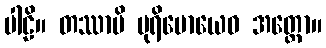
ပါဠိ။ တဿာပိ ပုရိမောယေဝ အတ္ထော။